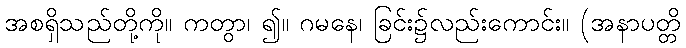
အစရှိသည်တို့ကို။ ကတွာ၊ ၍။ ဂမနေ၊ ခြင်း၌လည်းကောင်း။ (အနာပတ္တိ